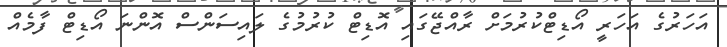
އަހަރުގެ އަހަރީ އޯޑިޓްކުރުމަށް ރާއްޖޭގައި އޮޑިޓް ކުރުމުގެ ލައިސަންސް އޮންނަ އޯޑިޓް ފާމެއް